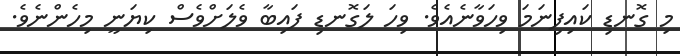
މި ގޮނޑި ކައިފިނަމަ ވިހަވާނެއެވެ. ވިހަ ލަގޮނޑި ފައިބާ ވެލަށްވެސް ކިޔަނީ މިހެންނެވެ.